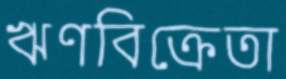
ঋণবিক্রেতা